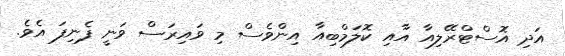
އަދި އޮސްޓްރޭލިއާ އާއި ކޮލަމްބިއާ އިންވެސް މި ވައިރަސް ވަނީ ފެނިފަ އެވެ.